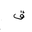
Letter: _qaf